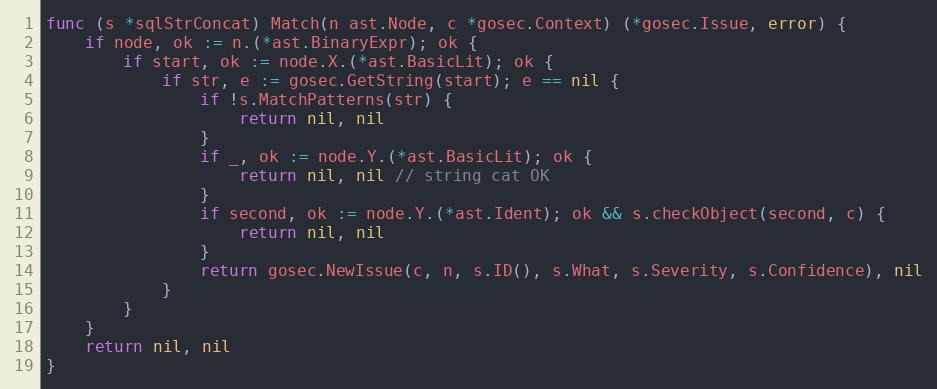
Language: Go
func (s *sqlStrConcat) Match(n ast.Node, c *gosec.Context) (*gosec.Issue, error) {
	if node, ok := n.(*ast.BinaryExpr); ok {
		if start, ok := node.X.(*ast.BasicLit); ok {
			if str, e := gosec.GetString(start); e == nil {
				if !s.MatchPatterns(str) {
					return nil, nil
				}
				if _, ok := node.Y.(*ast.BasicLit); ok {
					return nil, nil // string cat OK
				}
				if second, ok := node.Y.(*ast.Ident); ok && s.checkObject(second, c) {
					return nil, nil
				}
				return gosec.NewIssue(c, n, s.ID(), s.What, s.Severity, s.Confidence), nil
			}
		}
	}
	return nil, nil
}